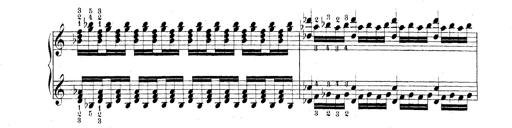
Title: Technische Studien
Composer: Franz Liszt